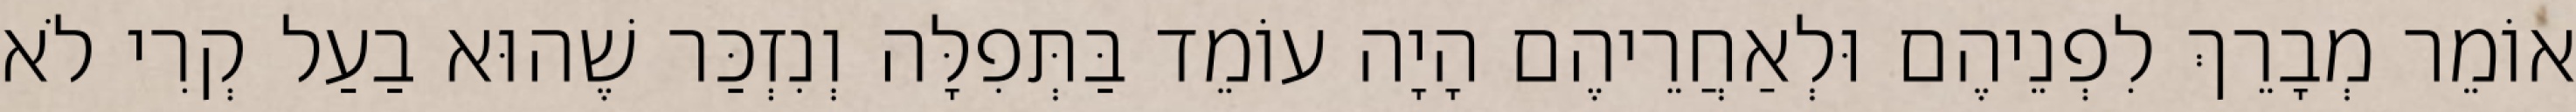
אוֹמֵר מְבָרֵךְ לִפְנֵיהֶם וּלְאַחֲרֵיהֶם הָיָה עוֹמֵד בַּתְּפִלָּה וְנִזְכַּר שֶׁהוּא בַעַל קְרִי לֹא